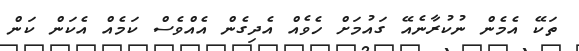
ތަކޭ އެމެން ނުކުރާނެއޭ ގައުމަށް ހެވެއް އެދިގެން އެއްވެސް ކަމެއް އެކަން ކަން